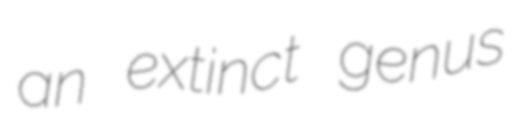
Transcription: an extinct genus